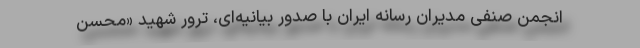
انجمن صنفی مدیران رسانه ایران با صدور بیانیه‌ای، ترور شهید «محسن